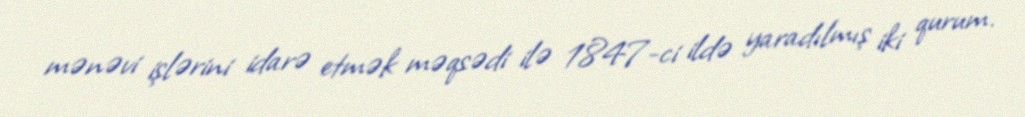
mənəvi işlərini idarə etmək məqsədi ilə 1847-ci ildə yaradılmış iki qurum.